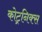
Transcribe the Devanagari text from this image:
कोट्रनिक्स